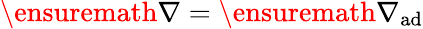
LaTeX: \ensuremath{\nabla}=\ensuremath{\nabla_{\mathrm{{ad}}}}